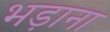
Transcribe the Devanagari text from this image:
भड़ाना